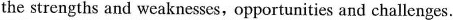
the strengths and weaknesses,opportunities and challenges.